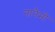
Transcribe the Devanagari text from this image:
नानैमो